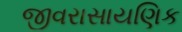
જીવરાસાયણિક